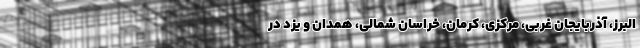
البرز، آذربایجان غربی، مرکزی، کرمان، خراسان شمالی، همدان و یزد در